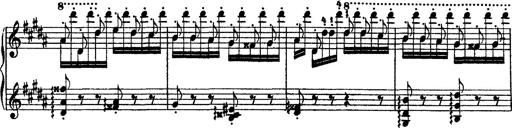
Title: Grandes Ã©tudes de Paganini
Composer: Franz Liszt